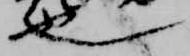
也